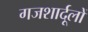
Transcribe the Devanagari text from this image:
गजशार्दूलों